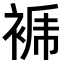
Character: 𧚜